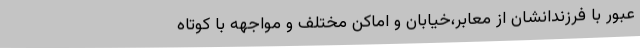
عبور با فرزندانشان از معابر،خیابان و اماکن مختلف و مواجهه با کوتاه